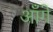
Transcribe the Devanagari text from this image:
आँगे